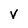
Character: V